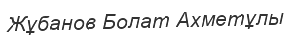
Жұбанов Болат Ахметұлы